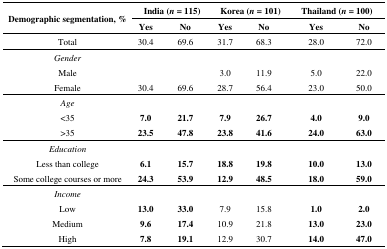
| <ROWSPAN=2> Demographic segmentation, % | <COLSPAN=2> India (n = 115) | <COLSPAN=2> Korea (n = 101) | <COLSPAN=2> Thailand (n = 100) |
 | Yes | No | Yes | No | Yes | No |
 | --- | --- | --- | --- | --- | --- | --- |
 | Total | 30.4 | 69.6 | 31.7 | 68.3 | 28.0 | 72.0 |
 | Gender |  |  |  |  |  |  |
 | Male |  |  | 3.0 | 11.9 | 5.0 | 22.0 |
 | Female | 30.4 | 69.6 | 28.7 | 56.4 | 23.0 | 50.0 |
 | Age |  |  |  |  |  |  |
 | <35 | 7.0 | 21.7 | 7.9 | 26.7 | 4.0 | 9.0 |
 | >35 | 23.5 | 47.8 | 23.8 | 41.6 | 24.0 | 63.0 |
 | Education |  |  |  |  |  |  |
 | Less than college | 6.1 | 15.7 | 18.8 | 19.8 | 10.0 | 13.0 |
 | Some college courses or more | 24.3 | 53.9 | 12.9 | 48.5 | 18.0 | 59.0 |
 | Income |  |  |  |  |  |  |
 | Low | 13.0 | 33.0 | 7.9 | 15.8 | 1.0 | 2.0 |
 | Medium | 9.6 | 17.4 | 10.9 | 21.8 | 13.0 | 23.0 |
 | High | 7.8 | 19.1 | 12.9 | 30.7 | 14.0 | 47.0 |